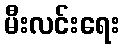
မီးလင်းရေး